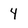
Character: 4